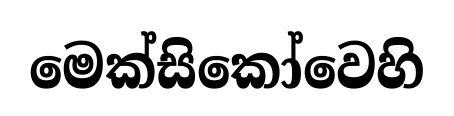
මෙක්සිකෝවෙහි